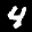
Label: 4